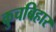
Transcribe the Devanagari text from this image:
कुचबिहार